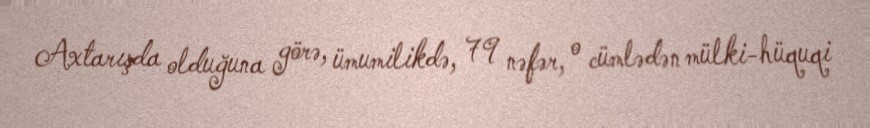
Axtarışda olduğuna görə, ümumilikdə, 79 nəfər, o cümlədən mülki-hüquqi